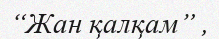
“Жан қалқам” ,